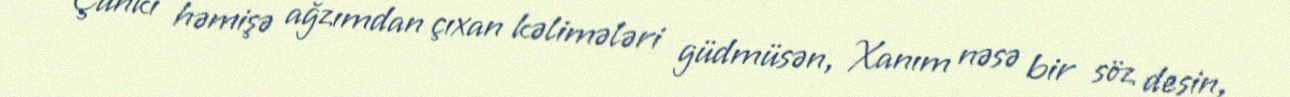
Çünki həmişə ağzımdan çıxan kəlimələri güdmüsən, Xanım nəsə bir söz desin,